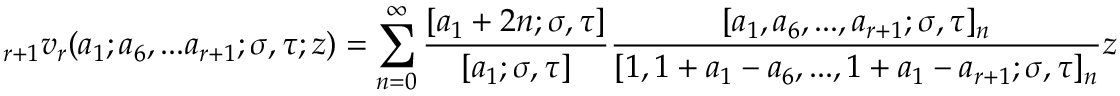
\displaystyle { } _ { r + 1 } v _ { r } ( a _ { 1 } ; a _ { 6 } , . . . a _ { r + 1 } ; \sigma , \tau ; z ) = \sum _ { n = 0 } ^ { \infty } { \frac { [ a _ { 1 } + 2 n ; \sigma , \tau ] } { [ a _ { 1 } ; \sigma , \tau ] } } { \frac { [ a _ { 1 } , a _ { 6 } , . . . , a _ { r + 1 } ; \sigma , \tau ] _ { n } } { [ 1 , 1 + a _ { 1 } - a _ { 6 } , . . . , 1 + a _ { 1 } - a _ { r + 1 } ; \sigma , \tau ] _ { n } } } z ^ { n }